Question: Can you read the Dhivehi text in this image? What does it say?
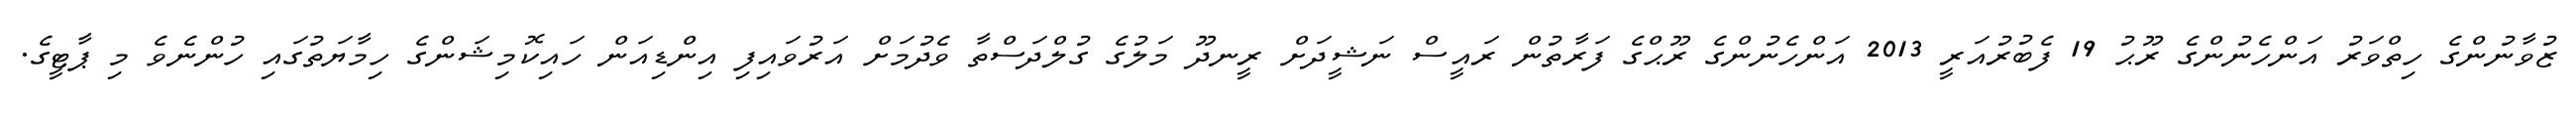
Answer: ޒުވާނުންގެ ހިތްވަރު އަންހެނުންގެ ރޫޙު 19 ފެބުރުއަރީ 2013 އަންހެނުންގެ ރޫޙްގެ ފަރާތުން ރައީސް ނަޝީދަށް ރީނދޫ މަލުގެ ގުލްދަސްތާ ވެދުމަށް އަރުވައިފި އިންޑިއަން ހައިކޮމިޝަންގެ ހިމާޔަތުގައި ހުންނެވެ މި ޕާޓީގެ.